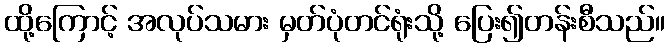
ထို့ကြောင့် အလုပ်သမား မှတ်ပုံတင်ရုံးသို့ ပြေး၍တန်းစီသည်။